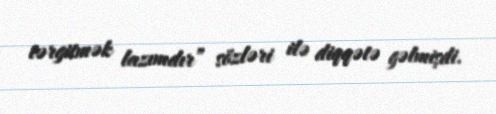
tərgitmək lazımdır” sözləri ilə diqqətə gəlmişdi.